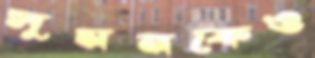
সুমনকেও